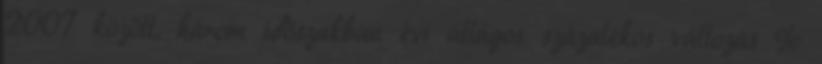
2007 között, három időszakban évi átlagos százalékos változás %